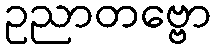
ဥညာတဗ္ဗော